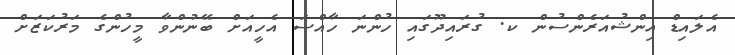
އެލައިޑް އިންޝުއަރެންސުން ކ. ގުރައިދޫގައި ހުންނަ ހާއްސަ އެހީއަށް ބޭނުންވާ މީހުންގެ މަރުކަޒަށް